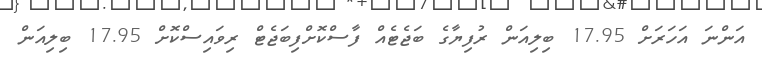
އަންނަ އަހަރަށް 17.95 ބިލިއަން ރުފިޔާގެ ބަޖެޓެއް ފާސްކޮށްފިބަޖެޓް ރިވައިސްކޮށް 17.95 ބިލިއަން